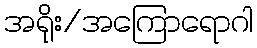
အရိုး/အကြောရောဂါ